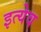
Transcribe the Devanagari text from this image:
इत्येव